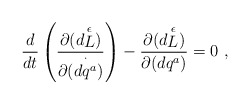
\begin{align*}{d \over dt} \left({\partial{(d{\stackrel{\epsilon}{L}})} \over\partial{(\stackrel{\cdot}{dq^a}})}\right) -{\partial{(d{\stackrel{\epsilon}{L}})} \over \partial{(dq^a)}} = 0\ ,\end{align*}